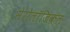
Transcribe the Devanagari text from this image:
सेरोलॉजिकल